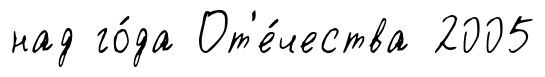
над го́да От'е́чества 2005